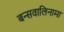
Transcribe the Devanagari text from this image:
बन्सवालिनामा